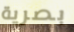
بصرية